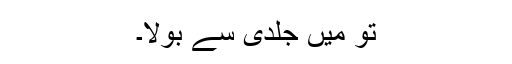
تو میں جلدی سے بولا۔